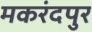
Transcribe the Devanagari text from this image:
मकरंदपुर